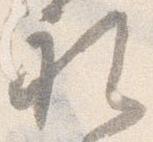
礼